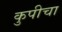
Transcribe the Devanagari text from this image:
कुपीचा